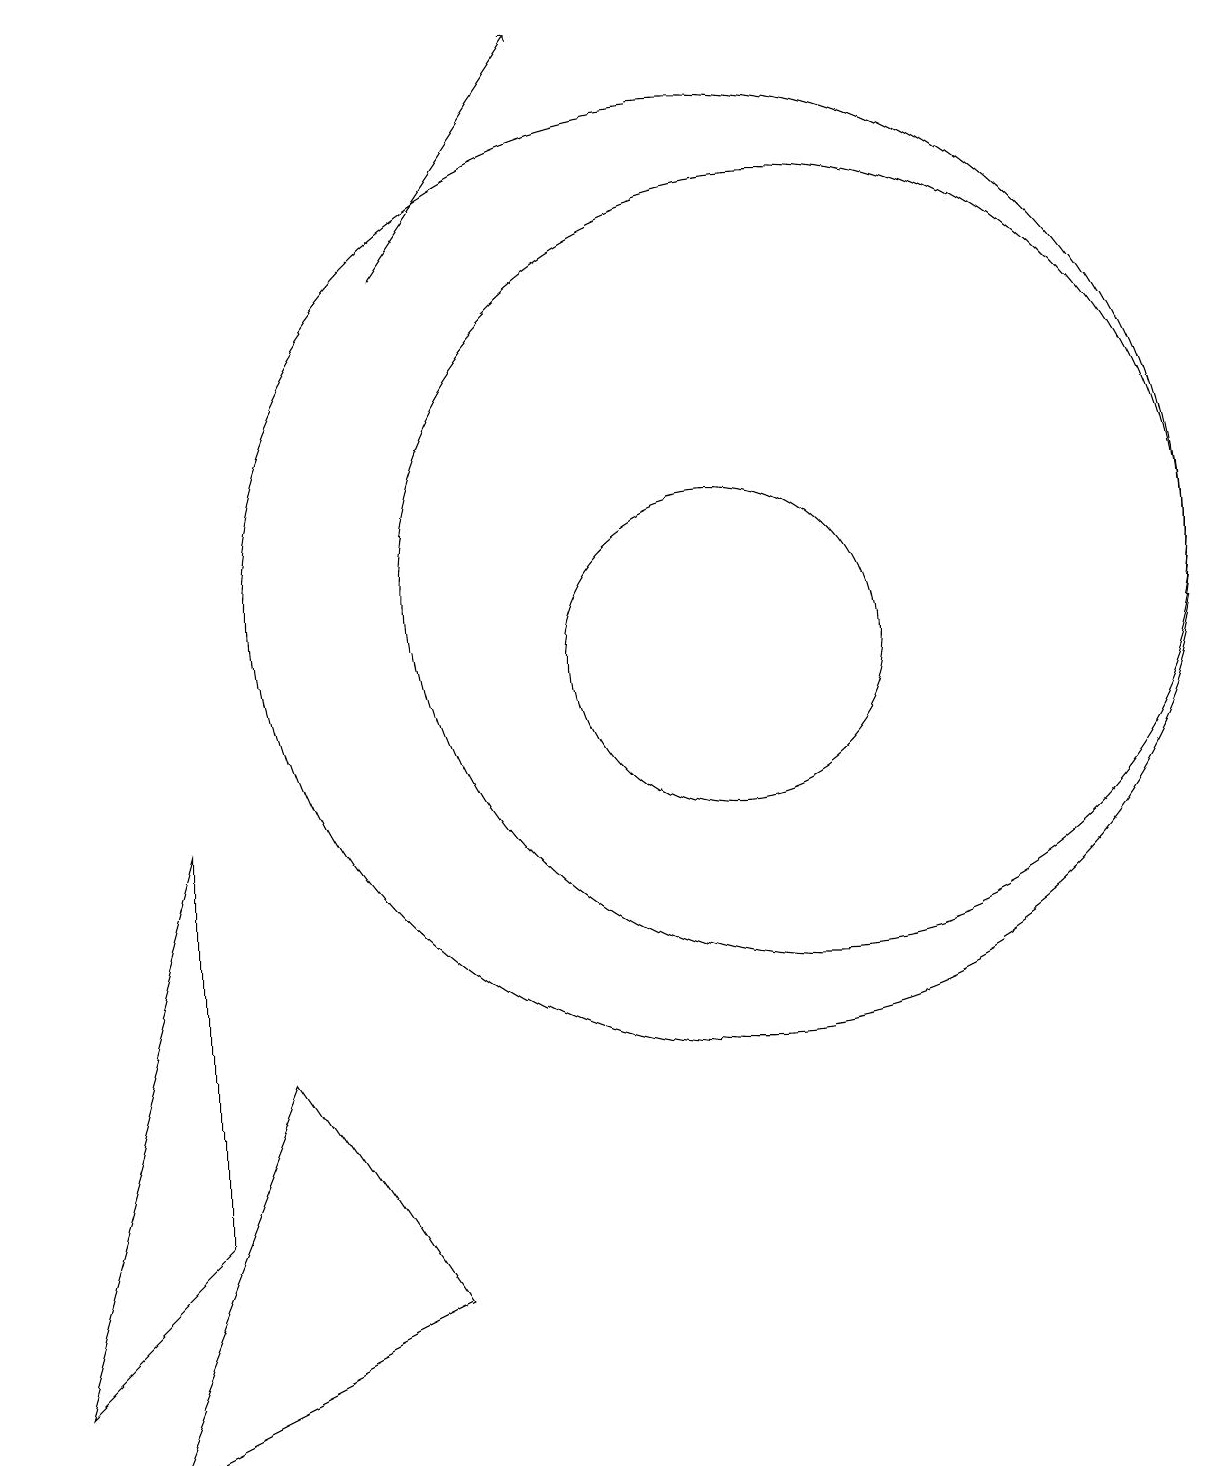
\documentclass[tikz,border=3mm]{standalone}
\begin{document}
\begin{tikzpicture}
\draw (10,11) circle (2);
\draw[->] (6,16) -- (8,19);
\draw (11,12) circle (5);
\draw (3,9) -- (1,2) -- (3,4) -- cycle;
\draw (10,12) circle (6);
\draw (6,3) -- (4,6) -- (2,1) -- cycle;
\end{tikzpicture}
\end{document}